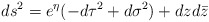
\begin{align*}ds^2=e^{\eta}(-d\tau^2+d\sigma^2)+dzd\bar{z}\end{align*}